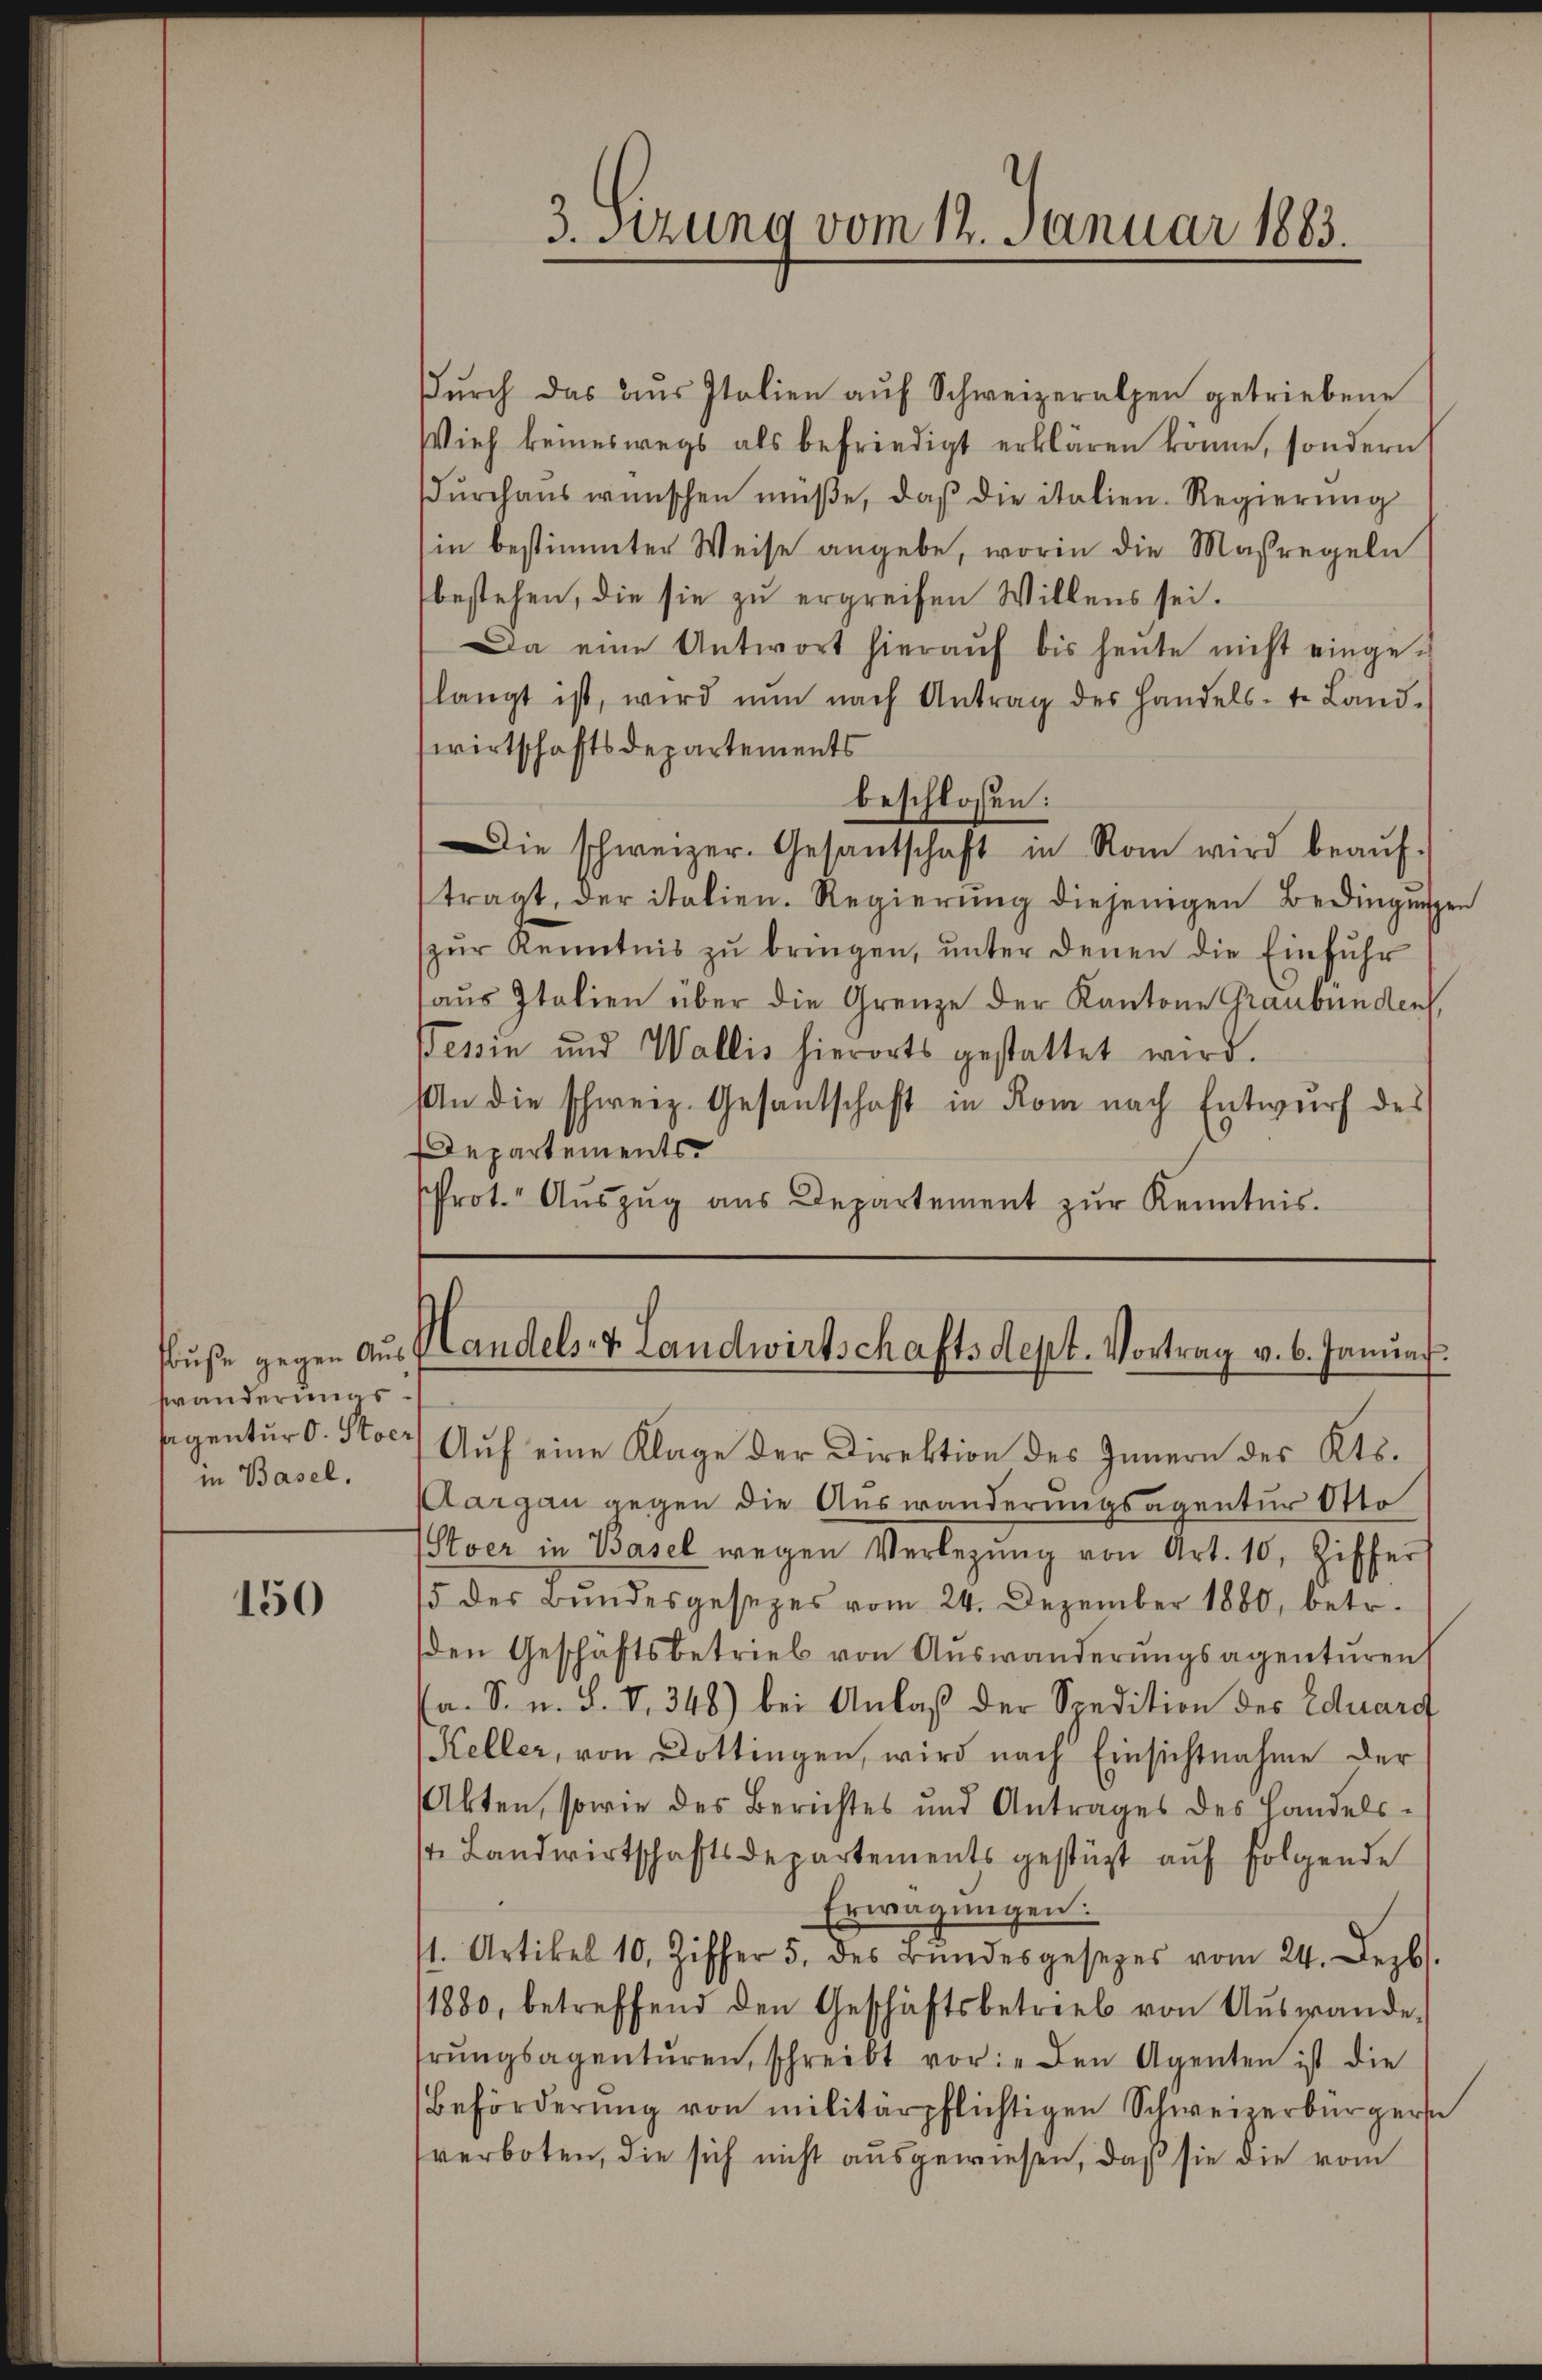
wänderungsin Basel.

150

3. Setzung vom 12. Januar 1883.

Dŭrch das aŭs Italien aŭf Schweizeralpen getriebene
Vieh keineswegs als befriedigt erklären könne, sondern
urchaus wünschen müße, daß die italien. Regierung
in bestimmter Weise angebe, worin die Maßregeln
bestehen, die sie zu ergreifen Willens sei.
Da eine Antwort hieraŭf bis heute nicht einge-
langt ist, wird nun nach Antrag des Handels-t. Land-
wirtschaftsdepartements
beschlossen:
Die schweizer. Gesantschaft in Rom wird beaŭf-
tragt, der italien. Regierung diejenigen Bedingungen
zŭr Kenntnis zŭ bringen, ŭnter denen die Einfuhr
aus Italien über die Grenze der Kantone Graubünden,
ewin und Wallis hierorts gestattet wird.
An die schweiz. Gesantschaft in Rom nach Entwurf des
Departements
rot. Aŭszŭg aŭs Departement zŭr Kenntnis.

sbuße gegen aus Handels- & Landwirtschaftsdept. Vortrag v. 6. Januar.

segentur d. Stocr Aŭf eine Klage der Direktion des Innern des Kts.
Aargau gegen die Auswanderungsagentur Otto
Sver in Basel wegen Verlegŭng von Art. 10, Ziffer
15 des Bundesgesezes vom 24. Dezember 1880, betr.
den Geschäftsbetrieb von Auswanderungsagenturen
a. S. u. S. V. 348) bei Anlaß der Spedition der Eduard
Keller, von Dottingen, wird nach Einsichtnahme der
Akten, sowie des Berichtes und Antrages des Handels-
1t. Landwirtschaftsdepartements gestützt auf folgende
Erwägungen:
/1. Artikel 10, Ziffer 5. des Bŭndesgesezes vom 24. Dezbr.
1880, betreffend den Geschäftsbetrieb von Aŭswande
hrŭngsagentŭren, schreibt vor: „Den Agenten ist die
Beförderŭng von militärpflichtigen Schweizerbürgers
verboten, die sich nicht ausgewiesen, daß sie die vom